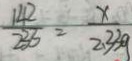
\frac { 1 4 2 } { 2 3 6 } = \frac { x } { 2 . 3 3 9 }